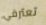
تعترفي